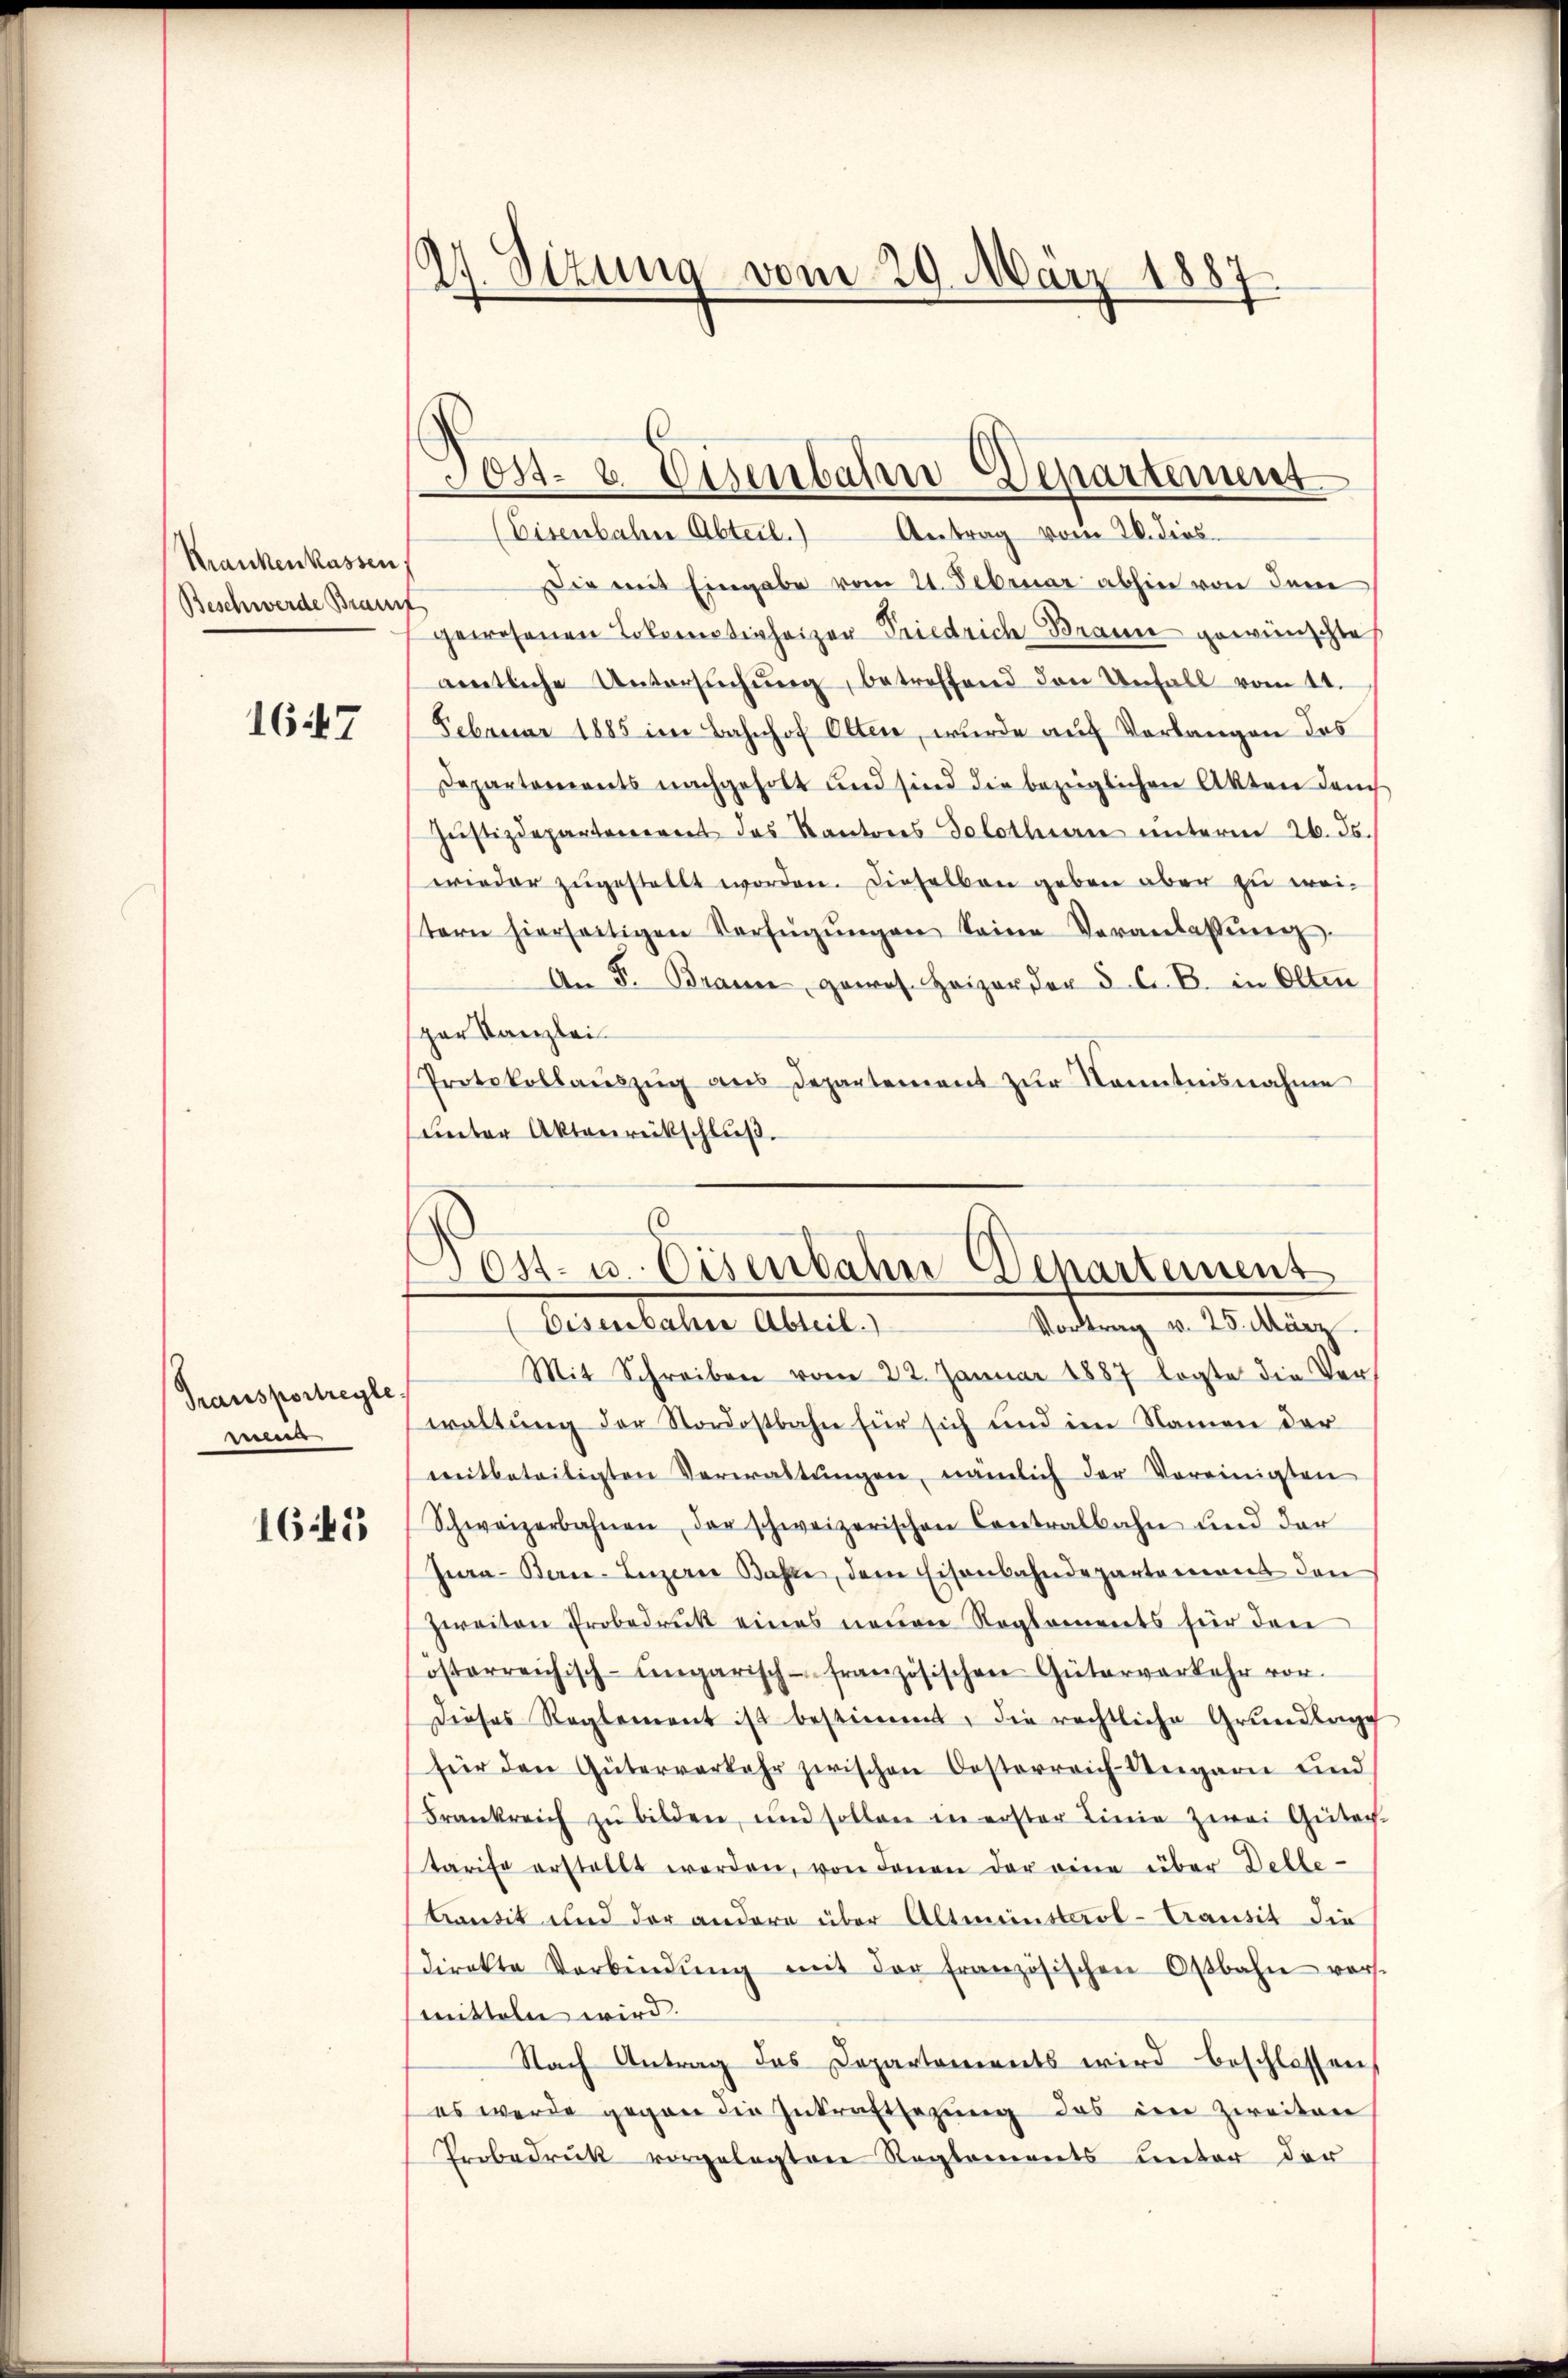
Krankenkassen,
Beschwerde Braut

1647

Transportreyle
sie
165

24. Sizung vom 29. März 1887

Die mit Eingabe vom 21. Februar abhin von dem
gewesenen Lokomotivheizer Friedrich Braun gewünschte
amtliche Untersŭchŭng, betreffend den Unfall vom 11.
Februar 1885 im Bahnhof Otten, wurde auf Vorlangen des
Departements nachgeholt und sind die bezüglichen Akten danch
Jŭstizdepartement des Kantons Solothurn unterm 26. ds.
wieder zugestellt worden. Dieselben geben aber zu weitern hierseitigen Verfügŭngen keine Veranlassŭng.
An F. Brann, goros. Heizer der 3. C. B. in Olten
spar Kanzlei
Protokollauszug aus Departement zur Kenntnisnahme
unter Aktenrückschluß.

Post- & Eisenbahn Departement
(Eisenbahre Abteil.) Antrag vom 20. dies

Post- u. Eisenbahn Departement
betentater Altert,
Vortrag v. 25. März.

Mit Schreiben vom 22. Januar 1887 legte die Ver-
waltŭng der Nordostbahn für sich und im Namen der
mitbeteiligten Verwaltŭngen, nämlich der Vereinigten
Schweizerbahnen der schweizerischen Contralbahn und der
Jura-Berne-Luzern Basse, dem Eisenbahndepartement den
zweiten Probedruck eines neuen Reglements für den
österreichisch-ungarisch-französischen Güterverkehr vor.
Dieses Reglement ist bestimmt, die rechtliche Grŭndlage
für den Güterverkehr zwischen Oesterreich-Ungarn und
Frankreich zŭ bilden, und sollen in erster Linie zwei Gütech-
tarife erstellt werden, von denen der eine über Delle-
transit und der andere über Altmenstarl-Transit die
sdirekte Verbindŭng mit der französischen Ostbahn vers
mitteln wird.
Nach Antrag das Departements wird beschlossen,
es werde gegen die Inkraftsezung des im Zweiten
Probedruk vorgelegten Reglements unter der